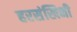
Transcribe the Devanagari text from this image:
हरसंखिनी